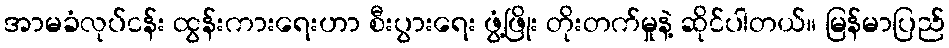
အာမခံလုပ်ငန်း ထွန်းကားရေးဟာ စီးပွားရေး ဖွံ့ဖြိုး တိုးတက်မှုနဲ့ ဆိုင်ပါတယ်။ မြန်မာပြည်